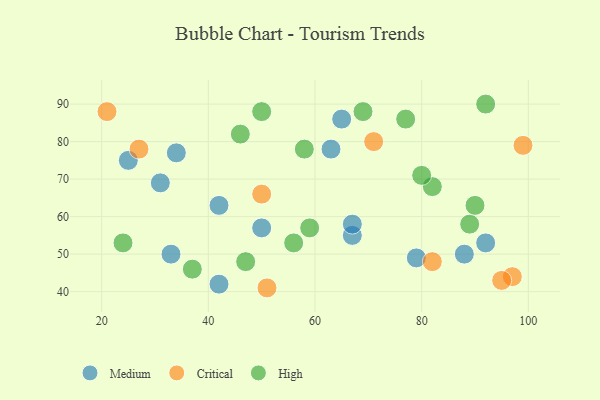
{"axis": {"x": "GDP", "y": "Life Expectancy"}, "legend": ["Critical", "High", "Medium"], "data": [{"x": "65", "y": 86, "type": "Medium"}, {"x": "79", "y": 49, "type": "Medium"}, {"x": "50", "y": 57, "type": "Medium"}, {"x": "25", "y": 75, "type": "Medium"}, {"x": "42", "y": 63, "type": "Medium"}, {"x": "92", "y": 53, "type": "Medium"}, {"x": "42", "y": 42, "type": "Medium"}, {"x": "67", "y": 55, "type": "Medium"}, {"x": "31", "y": 69, "type": "Medium"}, {"x": "88", "y": 50, "type": "Medium"}, {"x": "33", "y": 50, "type": "Medium"}, {"x": "34", "y": 77, "type": "Medium"}, {"x": "63", "y": 78, "type": "Medium"}, {"x": "67", "y": 58, "type": "Medium"}, {"x": "97", "y": 44, "type": "Critical"}, {"x": "99", "y": 79, "type": "Critical"}, {"x": "21", "y": 88, "type": "Critical"}, {"x": "82", "y": 48, "type": "Critical"}, {"x": "51", "y": 41, "type": "Critical"}, {"x": "27", "y": 78, "type": "Critical"}, {"x": "71", "y": 80, "type": "Critical"}, {"x": "50", "y": 66, "type": "Critical"}, {"x": "95", "y": 43, "type": "Critical"}, {"x": "50", "y": 88, "type": "High"}, {"x": "24", "y": 53, "type": "High"}, {"x": "46", "y": 82, "type": "High"}, {"x": "77", "y": 86, "type": "High"}, {"x": "89", "y": 58, "type": "High"}, {"x": "69", "y": 88, "type": "High"}, {"x": "92", "y": 90, "type": "High"}, {"x": "37", "y": 46, "type": "High"}, {"x": "56", "y": 53, "type": "High"}, {"x": "58", "y": 78, "type": "High"}, {"x": "47", "y": 48, "type": "High"}, {"x": "90", "y": 63, "type": "High"}, {"x": "82", "y": 68, "type": "High"}, {"x": "80", "y": 71, "type": "High"}, {"x": "59", "y": 57, "type": "High"}]}